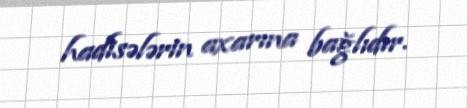
hadisələrin axarına bağlıdır.